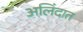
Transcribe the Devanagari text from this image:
अलिंदात